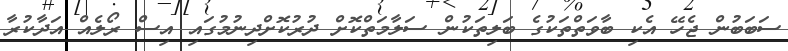
ސަބަބުން ޖެހޭ އެކި ބާވަތްތަކުގެ ބަލިތަކުން ސަލާމަތްކޮށް ދުރުކޮށްދިނުމުގައި އިސް ރޯލެއް އަދާކުރާ